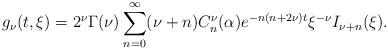
LaTeX: \begin{align*} g_\nu(t,\xi)= 2^\nu \Gamma(\nu) \sum_{n=0}^\infty (\nu+n) C_n^\nu(\alpha) e^{-n(n+2\nu)t} \xi^{-\nu} I_{\nu+n}(\xi).\end{align*}